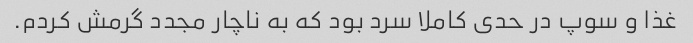
غذا و سوپ در حدی کاملا سرد بود که به ناچار مجدد گرمش کردم.